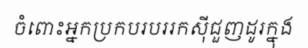
ចំពោះអ្នកប្រកបរបររកស៊ីជួញដូរក្នុង